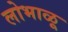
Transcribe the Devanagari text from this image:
लोभाळू